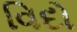
વિદો